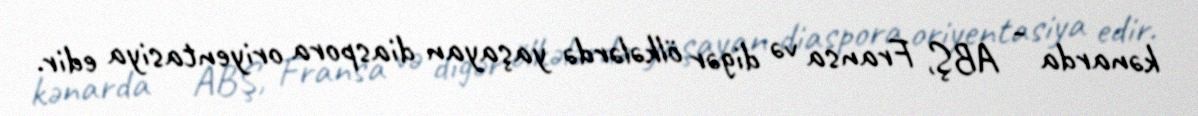
kənarda - ABŞ, Fransa və digər ölkələrdə yaşayan diaspora oriyentasiya edir.